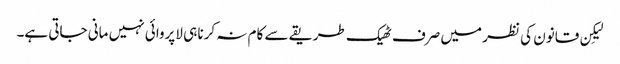
لیکِن قانون کی نظر میں صرف ٹھیک طریقے سے کام نہ کرنا ہی لاپروائی نہیں مانی جاتی ہے۔